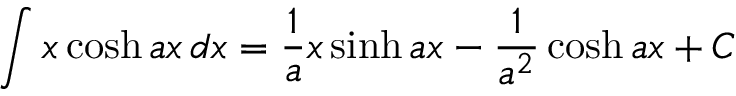
\int x \cosh a x \, d x = { \frac { 1 } { a } } x \sinh a x - { \frac { 1 } { a ^ { 2 } } } \cosh a x + C